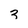
Character: 3